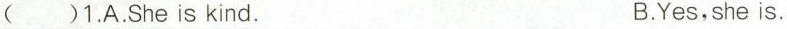
( )1.A.She is kind. B.Yes,she is.